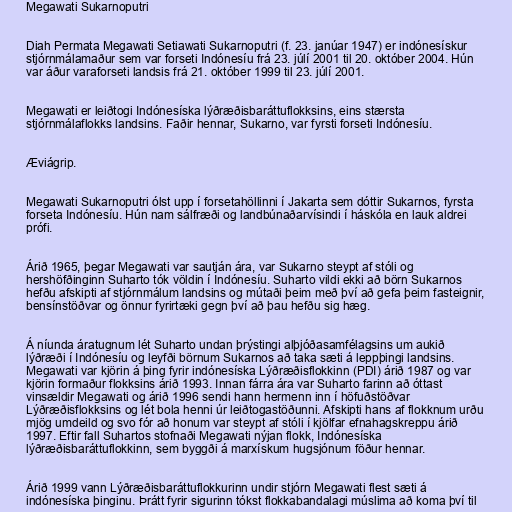
Megawati Sukarnoputri

Diah Permata Megawati Setiawati Sukarnoputri (f. 23. janúar 1947) er indónesískur
stjórnmálamaður sem var forseti Indónesíu frá 23. júlí 2001 til 20. október 2004. Hún
var áður varaforseti landsis frá 21. október 1999 til 23. júlí 2001.

Megawati er leiðtogi Indónesíska lýðræðisbaráttuflokksins, eins stærsta
stjórnmálaflokks landsins. Faðir hennar, Sukarno, var fyrsti forseti Indónesíu.

Æviágrip.

Megawati Sukarnoputri ólst upp í forsetahöllinni í Jakarta sem dóttir Sukarnos, fyrsta
forseta Indónesíu. Hún nam sálfræði og landbúnaðarvísindi í háskóla en lauk aldrei
prófi.

Árið 1965, þegar Megawati var sautján ára, var Sukarno steypt af stóli og
hershöfðinginn Suharto tók völdin í Indónesíu. Suharto vildi ekki að börn Sukarnos
hefðu afskipti af stjórnmálum landsins og mútaði þeim með því að gefa þeim fasteignir,
bensínstöðvar og önnur fyrirtæki gegn því að þau hefðu sig hæg.

Á níunda áratugnum lét Suharto undan þrýstingi alþjóðasamfélagsins um aukið
lýðræði í Indónesíu og leyfði börnum Sukarnos að taka sæti á leppþingi landsins.
Megawati var kjörin á þing fyrir indónesíska Lýðræðisflokkinn (PDI) árið 1987 og var
kjörin formaður flokksins árið 1993. Innan fárra ára var Suharto farinn að óttast
vinsældir Megawati og árið 1996 sendi hann hermenn inn í höfuðstöðvar
Lýðræðisflokksins og lét bola henni úr leiðtogastöðunni. Afskipti hans af flokknum urðu
mjög umdeild og svo fór að honum var steypt af stóli í kjölfar efnahagskreppu árið
1997. Eftir fall Suhartos stofnaði Megawati nýjan flokk, Indónesíska
lýðræðisbaráttuflokkinn, sem byggði á marxískum hugsjónum föður hennar.

Árið 1999 vann Lýðræðisbaráttuflokkurinn undir stjórn Megawati flest sæti á
indónesíska þinginu. Þrátt fyrir sigurinn tókst flokkabandalagi múslima að koma því til